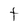
Character: f